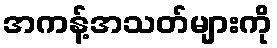
အကန့်အသတ်များကို